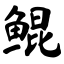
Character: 鲲